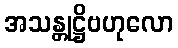
အသန္တုဋ္ဌိဗဟုလော